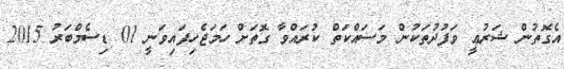
އެގޮތުން ޝަރުޢީ ވަފުދުތަކުން މަސައްކަތް ކުރައްވާ ގޮތަށް ހަމަޖެހިފައިވަނީ 01 ޑިސެމްބަރު 2015